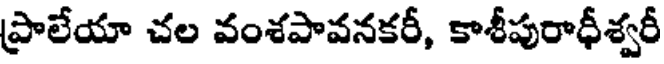
ప్రాలేయా చల వంశపావనకరీ, కాశీపురాధీశ్వరీ